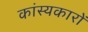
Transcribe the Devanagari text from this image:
कांस्यकारों